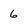
Character: 6